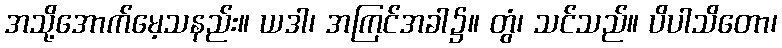
အသို့အောက်မေ့သနည်း။ ယဒါ၊ အကြင်အခါ၌။ တွံ၊ သင်သည်။ ပိပါသိတော၊